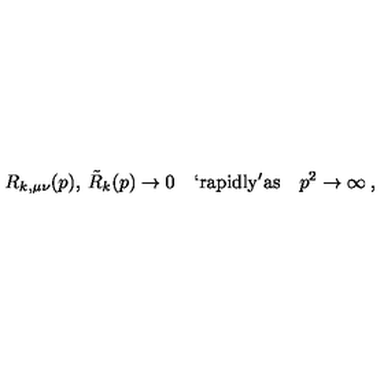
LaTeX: R _ { k , \mu \nu } ( p ) , \: \tilde { R } _ { k } ( p ) \to 0 \quad \mathrm { ` r a p i d l y ' a s } \quad p ^ { 2 } \to \infty \: ,